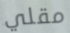
مقلي